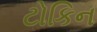
ટોકિન